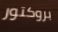
بروكتور